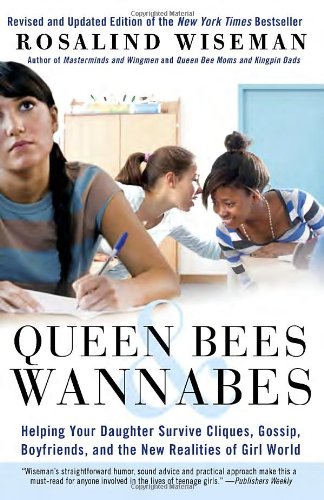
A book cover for Queen Bees and Wannabes: Helping Your Daughter Survive Cliques, Gossip, Boyfriends, and the New Realities of Girl World; Rosalind Wiseman; Parenting & Relationships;